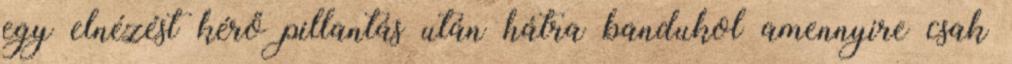
egy elnézést kérő pillantás után hátra bandukol amennyire csak